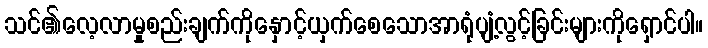
သင်၏လေ့လာမှုစည်းချက်ကိုနှောင့်ယှက်စေသောအာရုံပျံ့လွင့်ခြင်းများကိုရှောင်ပါ။